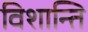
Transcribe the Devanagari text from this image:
विशान्ति